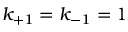
k _ { + 1 } = k _ { - 1 } = 1